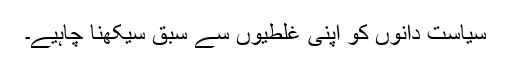
سیاست دانوں کو اپنی غلطیوں سے سبق سیکھنا چاہیے۔